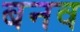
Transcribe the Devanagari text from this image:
बनव